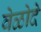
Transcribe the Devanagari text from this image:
वेळोदे